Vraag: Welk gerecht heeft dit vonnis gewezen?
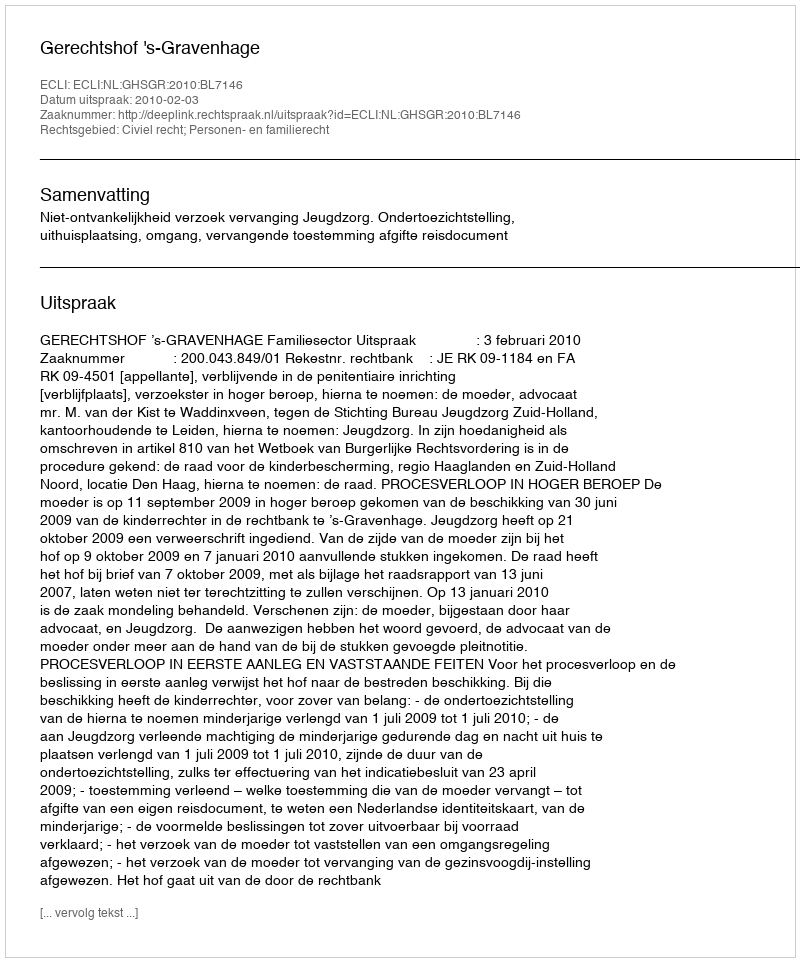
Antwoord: Gerechtshof 's-Gravenhage